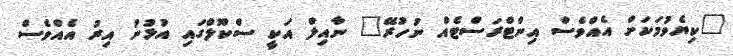
"ކިޔެވުމަކަށް އެއްވެސް އިންޓްރަސްޓެއް ނުހުރޭ" ނާއިލް އަކީ ސްކޫލްގައި އުޅުނު އިރު އެއްވެސް